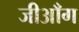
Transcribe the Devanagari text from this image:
जीआँग